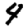
Digit: 4